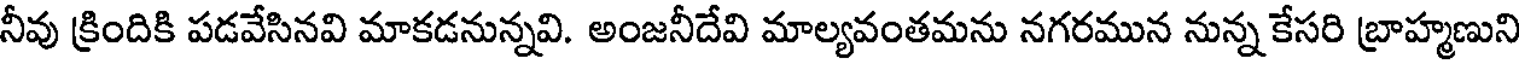
నీవు క్రిందికి పడవేసినవి మాకడనున్నవి. అంజనీదేవి మాల్యవంతమను నగరమున నున్న కేసరి బ్రాహ్మణుని